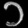
Digit: ၁